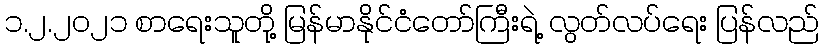
၁.၂.၂၀၂၁ စာရေးသူတို့ မြန်မာနိုင်ငံတော်ကြီးရဲ့ လွတ်လပ်ရေး ပြန်လည်